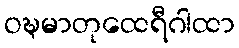
ဝဍ္ဎမာတုထေရီဂါထာ